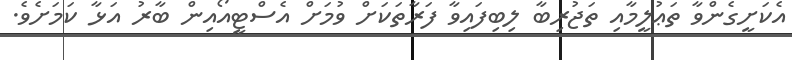
އެކަށީގެންވާ ތަޢުލީމާއި ތަޖުރިބާ ލިބިފައިވާ ފަރާތަކަށް ވުމަށް އެސްޓީއޯއިން ބާރު އަޅާ ކަމަށެވެ.